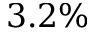
3 . 2 \%